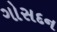
ગોસદન